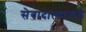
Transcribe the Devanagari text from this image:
सेवादात्याकडे